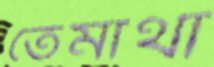
তেমাথা